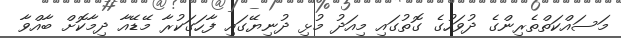
މަސައްކަތްތެރިންގެ ދުވަހުގެ ގޮތުގައި މިއަދު މުޅި ދުނިޔޭގައި ފާހަގަކުރާ މޭޑޭއާ ދިމާކޮށް ބާއްވާ